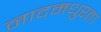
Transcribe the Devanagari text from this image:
नादमधुरता